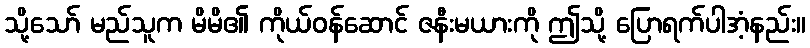
သို့သော် မည်သူက မိမိ၏ ကိုယ်ဝန်ဆောင် ဇနီးမယားကို ဤသို့ ပြောရက်ပါအံ့နည်း။